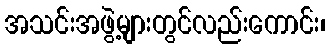
အသင်းအဖွဲ့များတွင်လည်းကောင်း၊